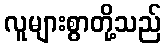
လူများစွာတို့သည်